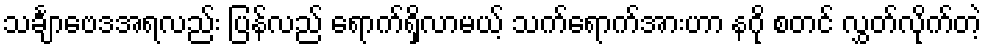
သင်္ချာဗေဒအရလည်း ပြန်လည် ရောက်ရှိလာမယ့် သက်ရောက်အားဟာ နဂို စတင် လွှတ်လိုက်တဲ့